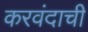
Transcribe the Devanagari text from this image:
करवंदाची